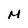
Character: M